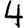
Digit: 4